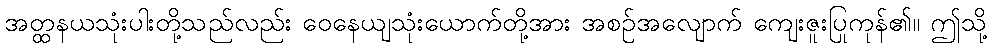
အတ္ထနယသုံးပါးတို့သည်လည်း ဝေနေယျသုံးယောက်တို့အား အစဉ်အလျောက် ကျေးဇူးပြုကုန်၏။ ဤသို့